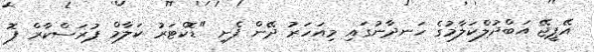
އޭޕީޖޭ އަބްދުލްކަލާމުގެ ހަނދާނުގައި މިއަހަރު ދޭން ފެށި "ޑޮކްޓަރު ކަލާމް ޕުރަސްކާރް ފޮ